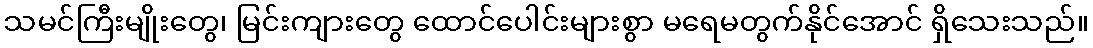
သမင်ကြီးမျိုးတွေ၊ မြင်းကျားတွေ ထောင်ပေါင်းများစွာ မရေမတွက်နိုင်အောင် ရှိသေးသည်။